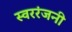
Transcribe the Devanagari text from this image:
स्वररंजनी